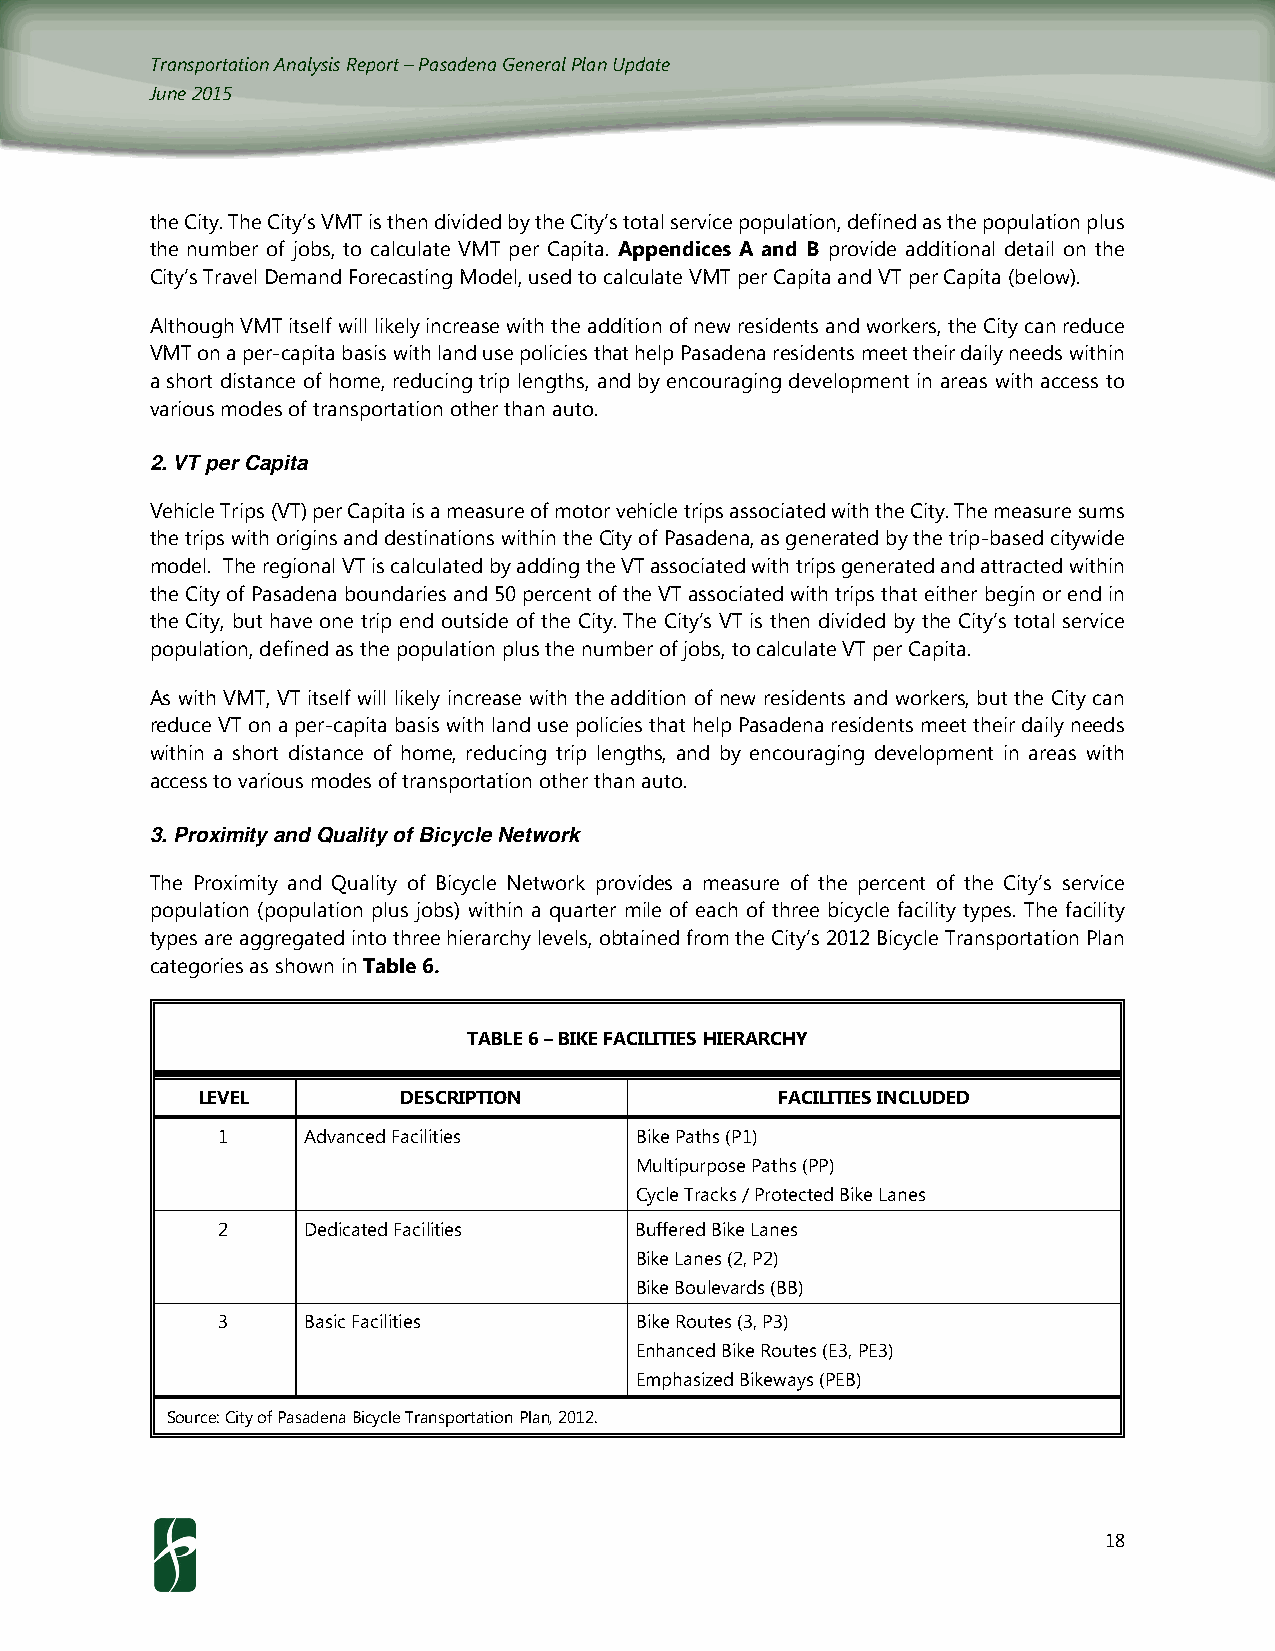
Transportation Analysis Report – Pasadena General Plan Update
 June 2015
 the City. The City’s VMT is then divided by the City’s total service population, defined as the population plus
 the number of jobs, to calculate VMT per Capita. Appendices A and B provide additional detail on the
 City’s Travel Demand Forecasting Model, used to calculate VMT per Capita and VT per Capita (below).
 Although VMT itself will likely increase with the addition of new residents and workers, the City can reduce
 VMT on a per-capita basis with land use policies that help Pasadena residents meet their daily needs within
 a short distance of home, reducing trip lengths, and by encouraging development in areas with access to
 various modes of transportation other than auto.
 2. VT per Capita
 Vehicle Trips (VT) per Capita is a measure of motor vehicle trips associated with the City. The measure sums
 the trips with origins and destinations within the City of Pasadena, as generated by the trip-based citywide
 model. The regional VT is calculated by adding the VT associated with trips generated and attracted within
 the City of Pasadena boundaries and 50 percent of the VT associated with trips that either begin or end in
 the City, but have one trip end outside of the City. The City’s VT is then divided by the City’s total service
 population, defined as the population plus the number of jobs, to calculate VT per Capita.
 As with VMT, VT itself will likely increase with the addition of new residents and workers, but the City can
 reduce VT on a per-capita basis with land use policies that help Pasadena residents meet their daily needs
 within a short distance of home, reducing trip lengths, and by encouraging development in areas with
 access to various modes of transportation other than auto.
 3. Proximity and Quality of Bicycle Network
 The Proximity and Quality of Bicycle Network provides a measure of the percent of the City’s service
 population (population plus jobs) within a quarter mile of each of three bicycle facility types. The facility
 types are aggregated into three hierarchy levels, obtained from the City’s 2012 Bicycle Transportation Plan
 categories as shown in Table 6.
 TABLE 6 – BIKE FACILITIES HIERARCHY
 LEVEL         DESCRIPTION              FACILITIES INCLUDED
 1     Advanced Facilities   Bike Paths (P1)
 Multipurpose Paths (PP)
 Cycle Tracks / Protected Bike Lanes
 2     Dedicated Facilities  Buffered Bike Lanes
 Bike Lanes (2, P2)
 Bike Boulevards (BB)
 3     Basic Facilities      Bike Routes (3, P3)
 Enhanced Bike Routes (E3, PE3)
 Emphasized Bikeways (PEB)
 Source: City of Pasadena Bicycle Transportation Plan, 2012.
 18